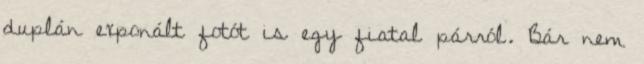
duplán exponált fotót is egy fiatal párról. Bár nem